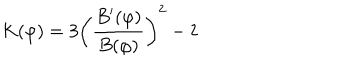
K ( \varphi ) = 3 \left( \frac { B ^ { \prime } ( \varphi ) } { B ( \varphi ) } \right) ^ { 2 } - 2